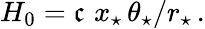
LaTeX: H_{0}=\mathfrak{c}\, \, x_{\star}\, \theta_{\star}/r_{\star}\, .